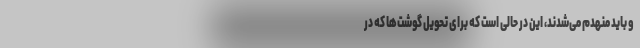
و باید منهدم می‌شدند، این در حالی است که برای تحویل گوشت‌ها که در